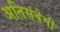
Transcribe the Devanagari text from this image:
अतिसंवेगी